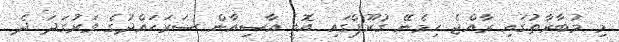
މި މުބާރާތުގައި ރާއްޖެ ހިމެނޭ ގުރޫޕްގައި އޮތީ އާސިއާން ސަރަހައްދުގެ ވަރުގަދަ ދެ